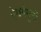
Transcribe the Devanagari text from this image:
ऐश्वर्यगुणों